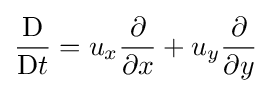
{\frac {\mathrm {D} }{\mathrm {D} t}}=u_{x}{\frac {\partial }{\partial x}}+u_{y}{\frac {\partial }{\partial y}}